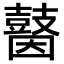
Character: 𪔗